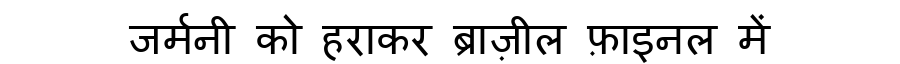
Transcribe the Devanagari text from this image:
जर्मनी को हराकर ब्राज़ील फ़ाइनल में